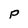
Character: P